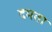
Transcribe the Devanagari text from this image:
दमता